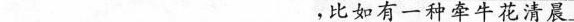
___，比如有一种牵牛花清晨